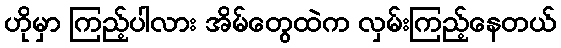
ဟိုမှာ ကြည့်ပါလား အိမ်တွေထဲက လှမ်းကြည့်နေတယ်